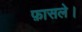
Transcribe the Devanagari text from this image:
फ़ासले।